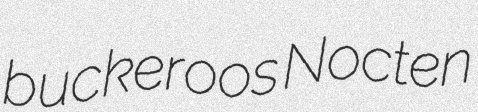
buckeroos Nocten